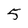
Character: 5